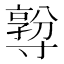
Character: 𡭅